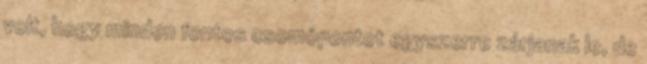
volt, hogy minden fontos csomópontot egyszerre zárjanak le, de